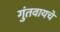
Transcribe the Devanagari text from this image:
गुंतवायचे